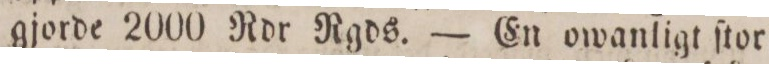
gjorde 2000 Rdr Rgds. — En owanligt ſtor